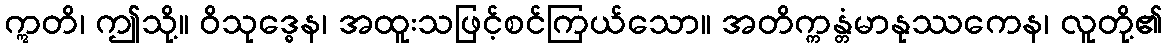
ဣတိ၊ ဤသို့။ ဝိသုဒ္ဓေန၊ အထူးသဖြင့်စင်ကြယ်သော။ အတိက္ကန္တံမာနုဿကေန၊ လူတို့၏